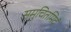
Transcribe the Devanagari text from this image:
समुचितमिदं